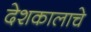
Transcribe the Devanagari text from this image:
देशकालाचे